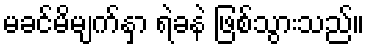
မခင်မိမျက်နှာ ရဲခနဲ ဖြစ်သွားသည်။